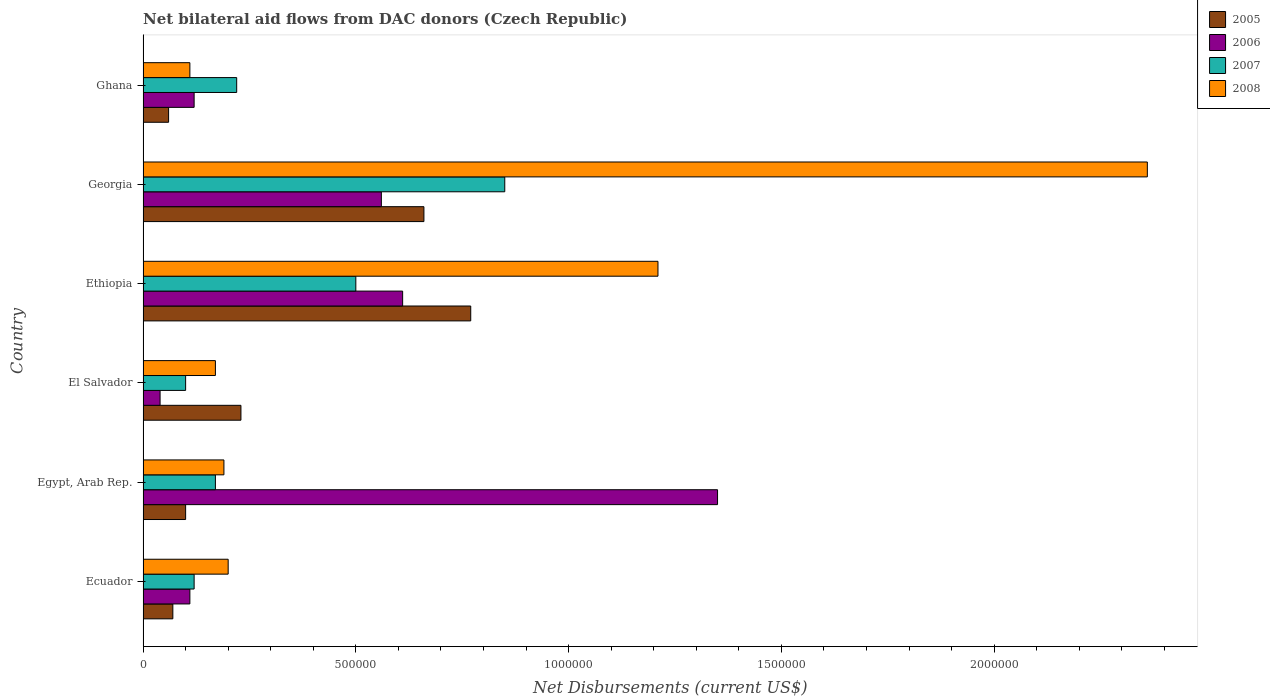
| Country | 2005 | 2006 | 2007 | 2008 |
 | --- | --- | --- | --- | --- |
 | Ecuador | 7e+04 | 1.1e+05 | 1.2e+05 | 2e+05 |
 | Egypt, Arab Rep. | 1e+05 | 1.35e+06 | 1.7e+05 | 1.9e+05 |
 | El Salvador | 2.3e+05 | 4e+04 | 1e+05 | 1.7e+05 |
 | Ethiopia | 7.7e+05 | 6.1e+05 | 5e+05 | 1.21e+06 |
 | Georgia | 6.6e+05 | 5.6e+05 | 8.5e+05 | 2.36e+06 |
 | Ghana | 6e+04 | 1.2e+05 | 2.2e+05 | 1.1e+05 |